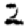
Digit: 2